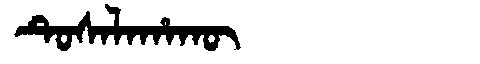
Manchu: ᡨᡠᠰᠠᠯᠠᡥᠠᡴᡡ
Romanization: TUSALAHAKŪ